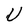
Character: U